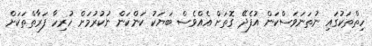
ހިތްތަކުގައި ނުތަނަވަސްކަން އުފެދޭ ގޮތަށް އެއްވެސް ބަޔަކު ކަންކަން ނުކުރުމަށް ހުރިހާ ފަރާތްތަކަށް